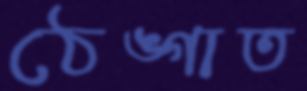
ঠেঙ্গাত